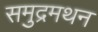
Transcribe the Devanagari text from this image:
समुद्रमथन